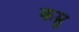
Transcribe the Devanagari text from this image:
कम्रु